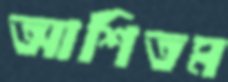
আশিতম